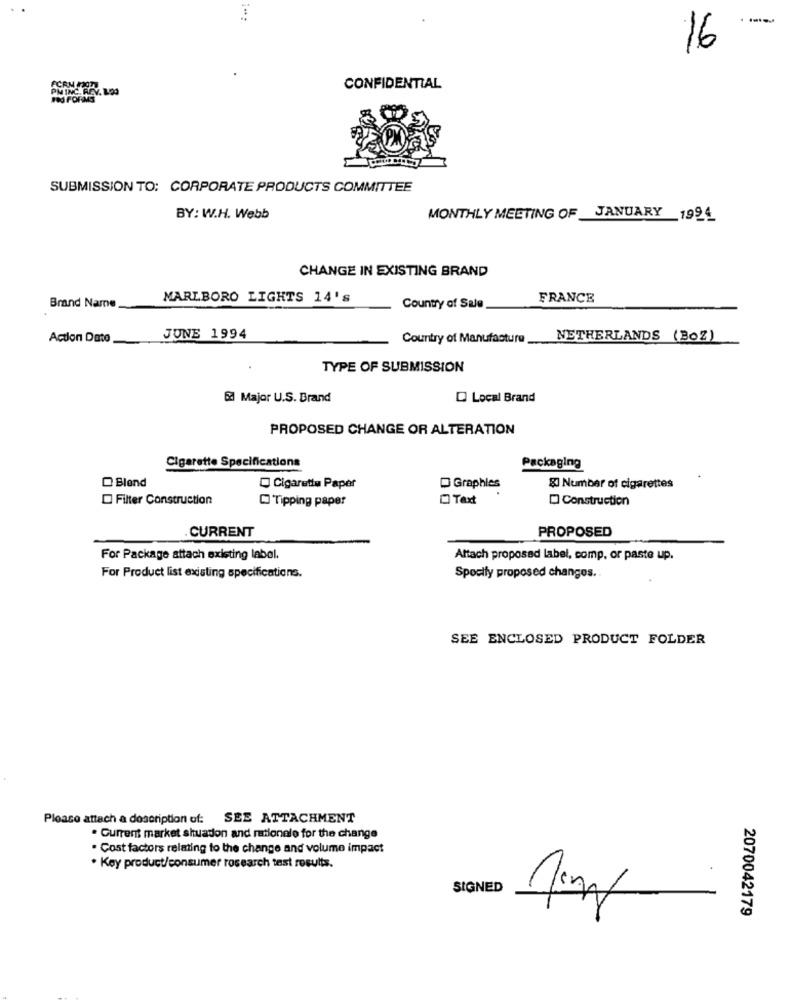
-
16
CONFIDENTIAL
PMINCARE
SUBMISSION TO: CORPORATE PRODUCTS COMMITTEE
BY: W.H. Webb
MONTHLY MEETING OF _JANUARY 1996
CHANGE IN EXISTING BRAND
MARLBORO LIGHTS 14's
FRANCE
Brand Name
Country of Sale
Action Dato
JUNE 1994
Country of Manufacture
NETHERLANDS (BoZ)
TYPE OF SUBMISSION
& Major U.S. Brand
D Local Brand
PROPOSED CHANGE OR ALTERATION
Cigarette Specifications
Packaging
Blend
Cigarette Paper
D Graphies
g Number of cigarettes
Filter Construction
Tipping paper
O Text
Construction
PROPOSED
CURRENT
For Package attach existing label.
Altach proposed label, comp, or paste up.
For Product list existing specifications.
Specify proposed changes ..
SEE ENCLOSED PRODUCT FOLDER
Please attach a description of: SEE ATTACHMENT
. Current market shuadon and rationale for the change
. Cost factors relating to the change and volume impact
. Key product/consumer rosearch test results.
SIGNED
2070042179